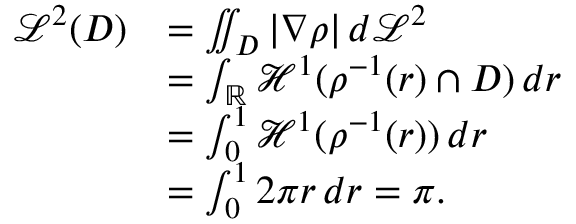
{ \begin{array} { r l } { { \mathcal { L } } ^ { 2 } ( D ) } & { = \iint _ { D } | \nabla \rho | \, d { \mathcal { L } } ^ { 2 } } \\ & { = \int _ { \mathbb { R } } { \mathcal { H } } ^ { 1 } ( \rho ^ { - 1 } ( r ) \cap D ) \, d r } \\ & { = \int _ { 0 } ^ { 1 } { \mathcal { H } } ^ { 1 } ( \rho ^ { - 1 } ( r ) ) \, d r } \\ & { = \int _ { 0 } ^ { 1 } 2 \pi r \, d r = \pi . } \end{array} }